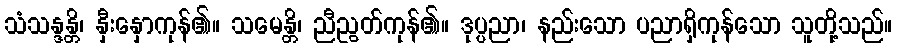
သံသန္ဒန္တိ၊ နှီးနှောကုန်၏။ သမေန္တိ၊ ညီညွတ်ကုန်၏။ ဒုပ္ပညာ၊ နည်းသော ပညာရှိကုန်သော သူတို့သည်။